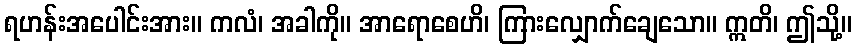
ရဟန်းအပေါင်းအား။ ကလံ၊ အခါကို။ အာရောစေဟိ၊ ကြားလျှောက်ချေသော။ ဣတိ၊ ဤသို့။